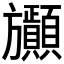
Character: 𣄫